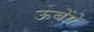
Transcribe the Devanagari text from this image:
ऊबेंगे